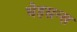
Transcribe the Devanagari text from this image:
घेइसन्स